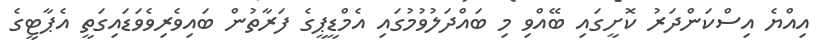
އިއްޔެ އިސްކަންދަރު ކޮށީގައި ބޭއްވި މި ބައްދަލުވުމުގައި އެމްޑީޕީގެ ފަރާތުން ބައިވެރިވެވަޑައިގަތީ އެޕާޓީގެ